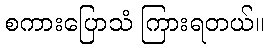
စကားပြောသံ ကြားရတယ်။